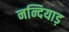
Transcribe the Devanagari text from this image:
नन्दियाड़